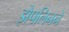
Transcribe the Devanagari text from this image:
झेपलिनने